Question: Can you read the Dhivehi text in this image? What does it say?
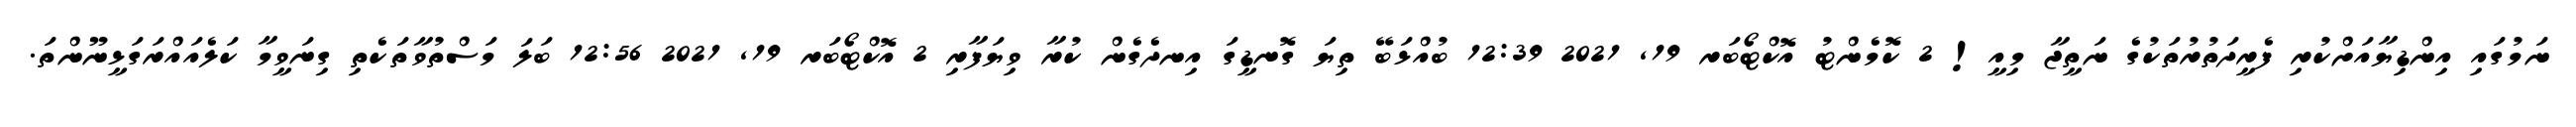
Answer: ނަމުގައި އިންޑިޔާއަށްކުރި ފެރީދަތުރުތަކުގެ ނަތީޖާ މިއީ! 2 ކޮމެންޓު އޮކްޓޯބަރ 19, 2021 12:39 ބުއްޅަބޭ ތިޔަ ގޮނޑީގަ އިނދެގެން ކުރާ ވިޔަފާރި 2 އޮކްޓޯބަރ 19, 2021 12:56 ބަލަ މަސްތުވާތަކެތި ގިނަވީމާ ކަލެއައްރަގަޅީނޫންތަ.